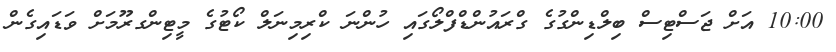
10:00 އަށް ޖަސްޓިސް ބިލްޑިންގުގެ ގްރައުންޑްފްލޯގައި ހުންނަ ކްރިމިނަލް ކޯޓުގެ މީޓިންގރޫމަށް ވަޑައިގެން